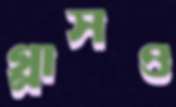
গ্লাসও